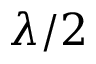
\lambda / 2